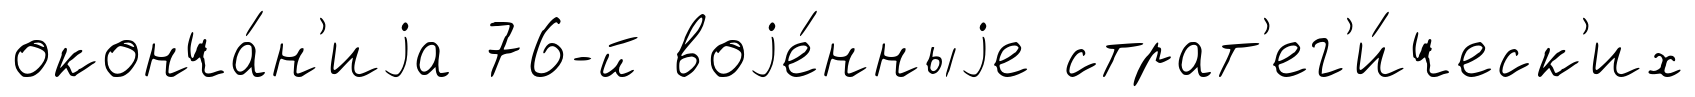
оконча́н'иjа 76-й воjе́нныjе страт'ег'и́ческ'их